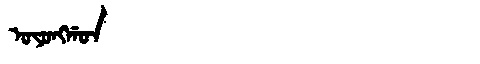
Manchu: ᠣᠶᠣᠩᡤᠣᠨ
Romanization: OYONGGON